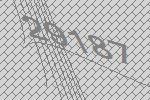
29187